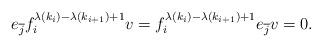
LaTeX: \begin{align*}e_{\overline{j}}f_i^{ \lambda(k_i) - \lambda(k_{i+1})+1}v = f_i^{ \lambda(k_i) - \lambda(k_{i+1})+1}e_{\overline{j}}v = 0.\end{align*}